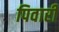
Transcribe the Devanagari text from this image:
पिवारी